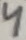
Text: 4